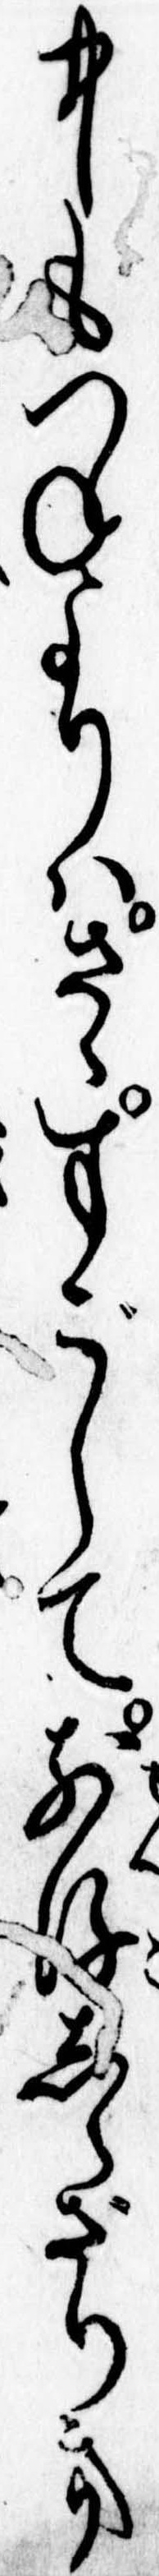
中もつねよりはさゝすごして前後しらざりき